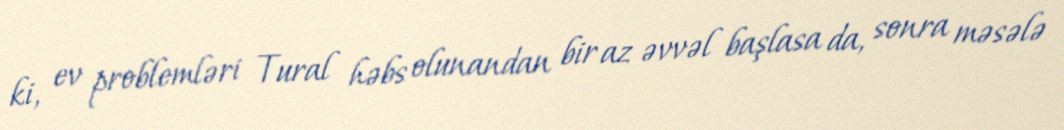
ki, ev problemləri Tural həbs olunandan bir az əvvəl başlasa da, sonra məsələ